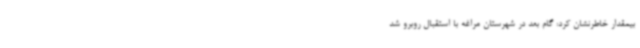
بیمقدار خاطرنشان کرد: گام بعد در شهرستان مراغه با استقبال روبرو شد